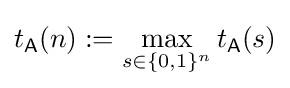
t_{\mathsf {A}}(n):=\max _{s\in \{0,1\}^{n}}t_{\mathsf {A}}(s)